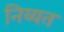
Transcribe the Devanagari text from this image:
निय्यत